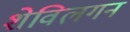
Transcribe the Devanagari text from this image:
शेविलगन